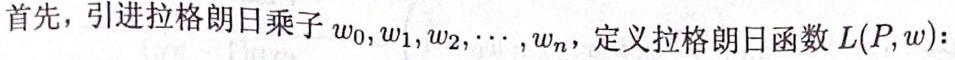
首先，引进拉格朗日乘子$w_0,w_1,w_2,\cdots,w_n$，定义拉格朗日函数$L(P,w)$：